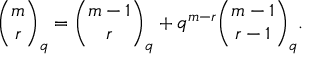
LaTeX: { \binom { m } { r } } _ { q } = { \binom { m - 1 } { r } } _ { q } + q ^ { m - r } { \binom { m - 1 } { r - 1 } } _ { q } .